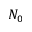
N _ { 0 }